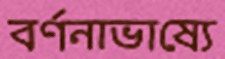
বর্ণনাভাষ্যে